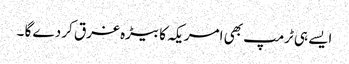
ایسے ہی ٹرمپ بھی امریکہ کا بیڑہ غرق کر دے گا ۔